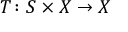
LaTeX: T \colon S \times X \to X